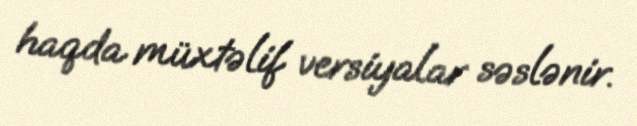
haqda müxtəlif versiyalar səslənir.